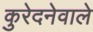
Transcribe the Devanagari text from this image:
कुरेदनेवाले